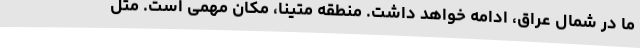
ما در شمال عراق، ادامه خواهد داشت. منطقه متینا، مکان مهمی است. مثل